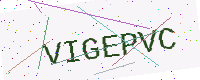
Text: VIGEPVC